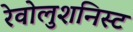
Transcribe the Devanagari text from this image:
रेवोलुशनिस्ट